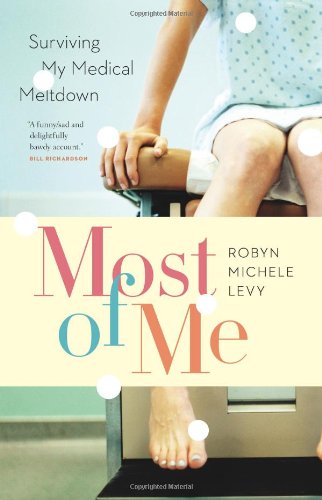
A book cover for Most of Me: Surviving My Medical Meltdown; Robyn Michele Levy; Health, Fitness & Dieting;